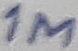
Text: 1M